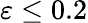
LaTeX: \varepsilon\le 0.2